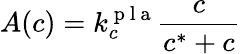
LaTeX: A(c)=k_{c}^{\mathrm{~p~l~a~}}\frac{c}{c^{\ast}+c}